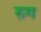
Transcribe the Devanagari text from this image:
रुग